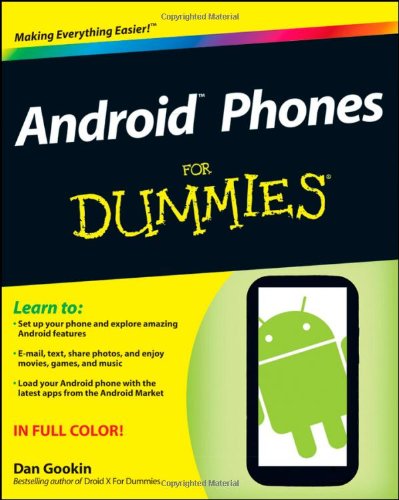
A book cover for Android Phones For Dummies; Dan Gookin; Computers & Technology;